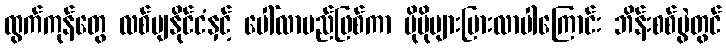
ထွက်ကုန်တွေ လစ်ဗျနိုင်ငံနှင့် ပေါ်လာမည်ဖြစ်ကာ ပိုမိုများပြားလာပါကြောင်း ဘိန်းစစ်ပွဲတွင်